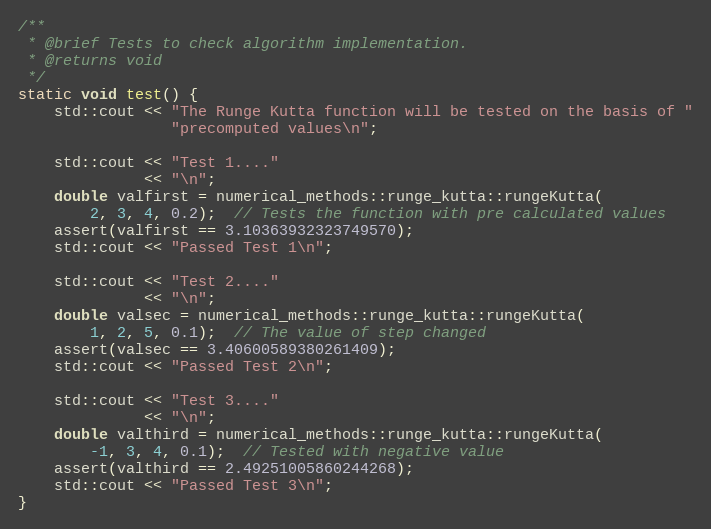
Language: C++
/**
 * @brief Tests to check algorithm implementation.
 * @returns void
 */
static void test() {
    std::cout << "The Runge Kutta function will be tested on the basis of "
                 "precomputed values\n";

    std::cout << "Test 1...."
              << "\n";
    double valfirst = numerical_methods::runge_kutta::rungeKutta(
        2, 3, 4, 0.2);  // Tests the function with pre calculated values
    assert(valfirst == 3.10363932323749570);
    std::cout << "Passed Test 1\n";

    std::cout << "Test 2...."
              << "\n";
    double valsec = numerical_methods::runge_kutta::rungeKutta(
        1, 2, 5, 0.1);  // The value of step changed
    assert(valsec == 3.40600589380261409);
    std::cout << "Passed Test 2\n";

    std::cout << "Test 3...."
              << "\n";
    double valthird = numerical_methods::runge_kutta::rungeKutta(
        -1, 3, 4, 0.1);  // Tested with negative value
    assert(valthird == 2.49251005860244268);
    std::cout << "Passed Test 3\n";
}